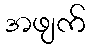
အဖျက်